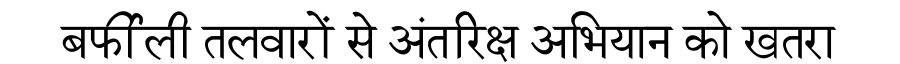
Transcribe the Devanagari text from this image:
बर्फीली तलवारों से अंतरिक्ष अभियान को खतरा